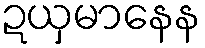
ဍယှမာနေန